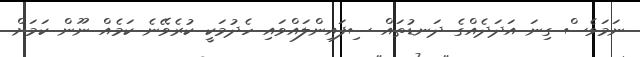
ނަމަވެސް ގިނަ އަދަދެއްގެ ދަނޑުތައް ސިފައިންލައްވައި ހެދުމަކީ ކުރެވޭނެ ކަމެއް ނޫން ކަމަށް